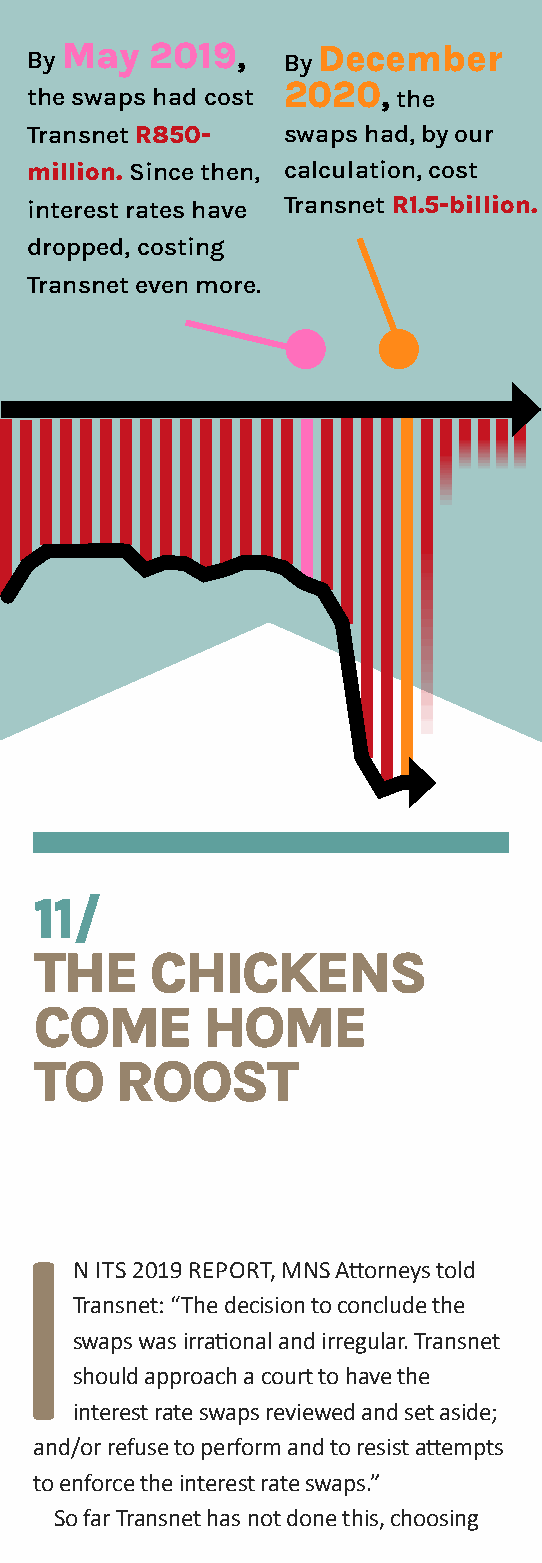
By may  2019  ,  By december
 2020
 the swaps had cost     , the
 Transnet r850-   swaps had, by our
 million. since then, calculation, cost
 interest rates have Transnet r1.5-billion.
 dropped, costing
 Transnet even more.
 T
 11/
 The     chickenS
 cOme        hOme
 TO    rOOST
 I
 N ITS 2019 RePoRT, MNS Attorneys told
 Transnet: “The decision to conclude the
 swaps was irrational and irregular. Transnet
 should approach a court to have the
 interest rate swaps reviewed and set aside;
 and/or refuse to perform and to resist attempts
 to enforce the interest rate swaps.”
 So far Transnet has not done this, choosing